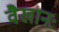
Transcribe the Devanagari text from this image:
वैखानः